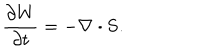
LaTeX: \frac { \partial W } { \partial t } = - \nabla \cdot { \bf S } .